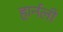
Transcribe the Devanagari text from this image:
हार्नली